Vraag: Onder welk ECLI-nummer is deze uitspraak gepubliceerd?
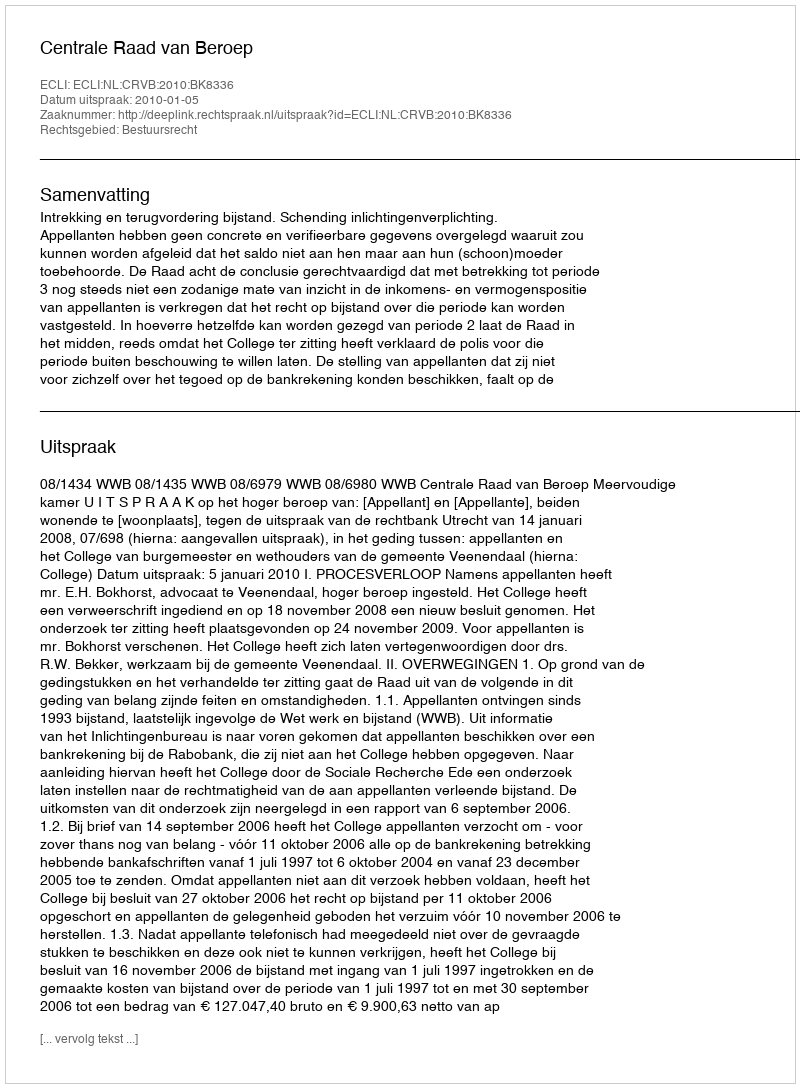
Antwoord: ECLI:NL:CRVB:2010:BK8336